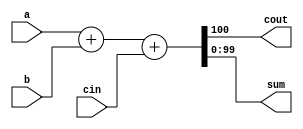
// Create a 100-bit binary adder. The adder adds two 100-bit numbers and a carry-in to produce a 100-bit sum and carry out.

module top_module( 
    input [99:0] a, b,
    input cin,
    output cout,
    output [99:0] sum );
    
    assign {cout, sum} = a + b + cin;

endmodule